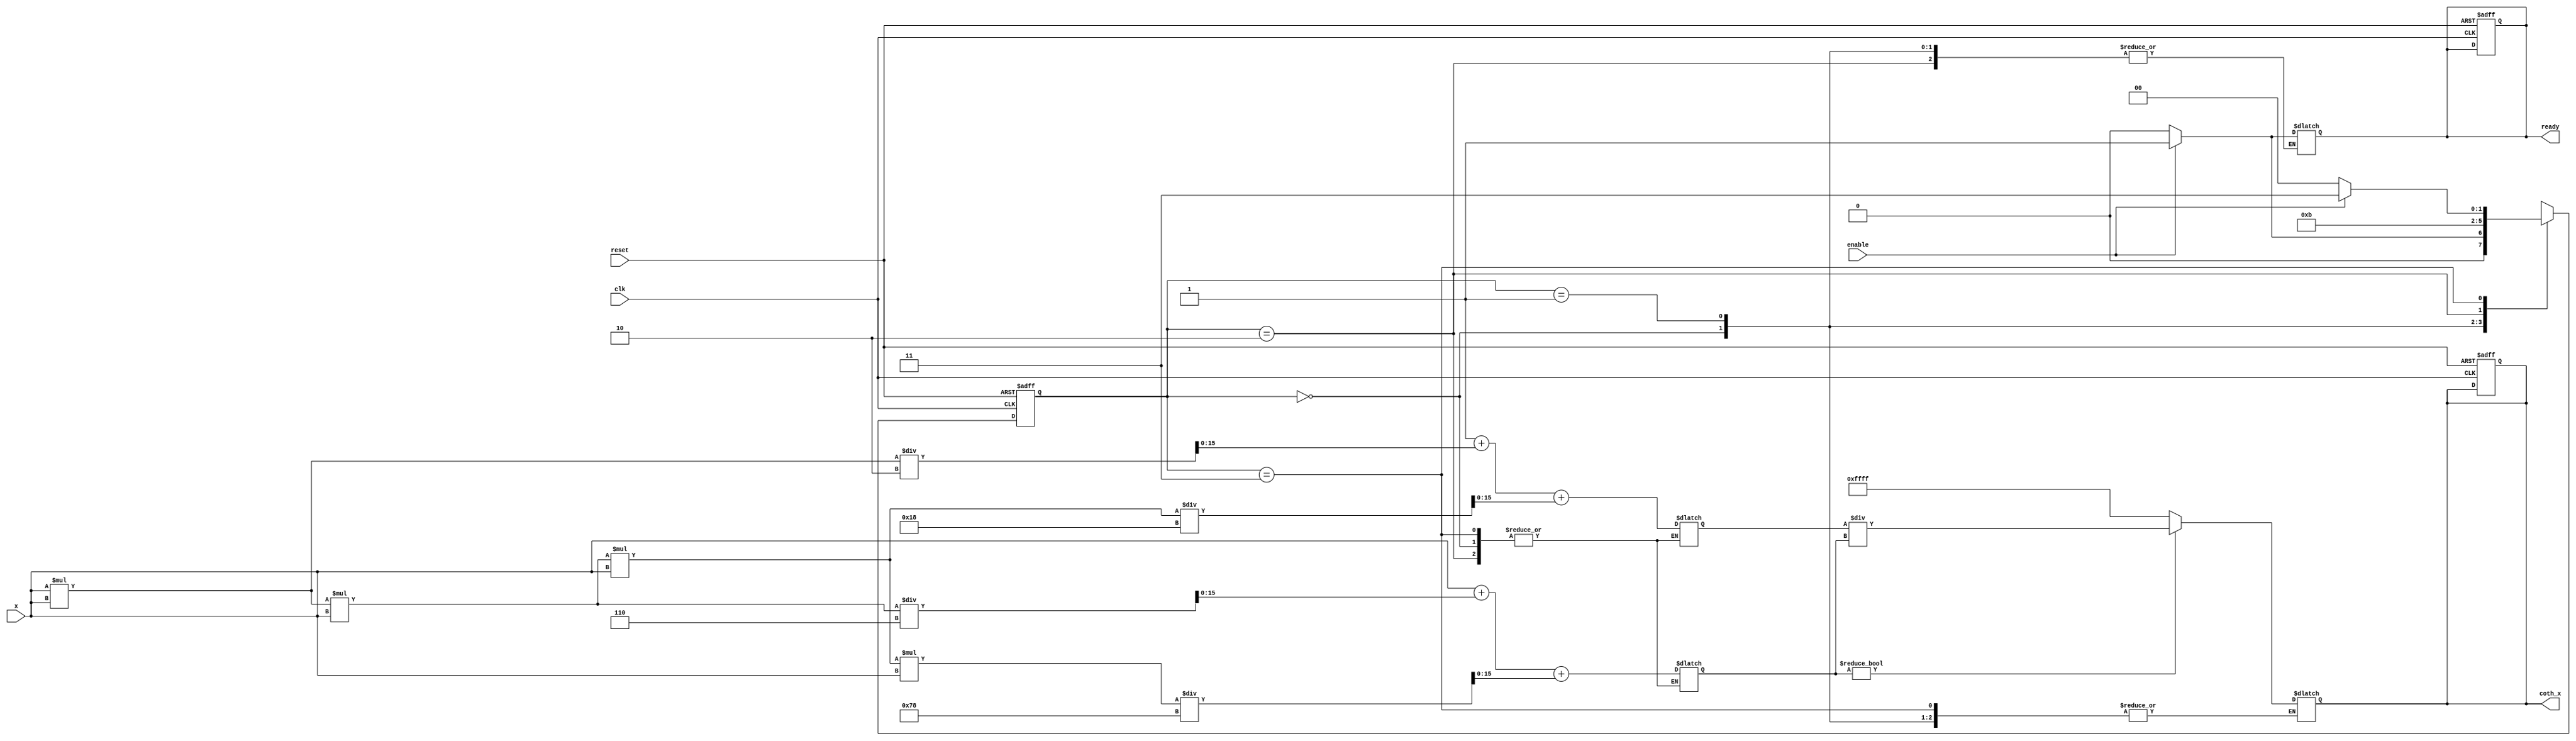
module coth (
    input wire clk,
    input wire reset,
    input wire enable,
    input wire [15:0] x, // Input signal (fixed-point representation)
    output reg [15:0] coth_x, // Output signal (fixed-point representation)
    output reg ready // Output signal indicating computation is complete
);

    // Internal signals
    reg [15:0] sinh_x;
    reg [15:0] cosh_x;
    reg [1:0] state;
    reg [1:0] next_state;

    // State encoding
    localparam IDLE      = 2'b00,
               COMPUTE   = 2'b01,
               DIVIDE     = 2'b10,
               DONE       = 2'b11;

    // Function to compute hyperbolic sine (sinh) using Taylor series
    function [15:0] sinh;
        input [15:0] x;
        begin
            sinh = x + (x * x * x) / 6 + (x * x * x * x * x) / 120; // First few terms of Taylor series
        end
    endfunction

    // Function to compute hyperbolic cosine (cosh) using Taylor series
    function [15:0] cosh;
        input [15:0] x;
        begin
            cosh = 1 + (x * x) / 2 + (x * x * x * x) / 24; // First few terms of Taylor series
        end
    endfunction

    // Division operation
    function [15:0] div;
        input [15:0] num;
        input [15:0] denom;
        begin
            if (denom != 0) begin
                div = num / denom; // Simple division
            end else begin
                div = 16'hFFFF; // Saturate on division by zero
            end
        end
    endfunction

    // State machine
    always @(posedge clk or posedge reset) begin
        if (reset) begin
            state <= IDLE;
            coth_x <= 0;
            ready <= 0;
        end else begin
            state <= next_state;
        end
    end

    // Next state logic
    always @(*) begin
        case (state)
            IDLE: begin
                if (enable) begin
                    next_state = COMPUTE;
                end else begin
                    next_state = IDLE;
                end
            end
            COMPUTE: begin
                sinh_x = sinh(x);
                cosh_x = cosh(x);
                next_state = DIVIDE;
            end
            DIVIDE: begin
                coth_x = div(cosh_x, sinh_x);
                next_state = DONE;
            end
            DONE: begin
                ready = 1;
                if (!enable) begin
                    next_state = IDLE; // Go back to IDLE if enable is deasserted
                    ready = 0; // Reset ready signal
                end else begin
                    next_state = DONE; // Stay in DONE state
                end
            end
            default: next_state = IDLE;
        endcase
    end

endmodule